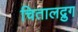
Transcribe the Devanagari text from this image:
चितालद्रुग